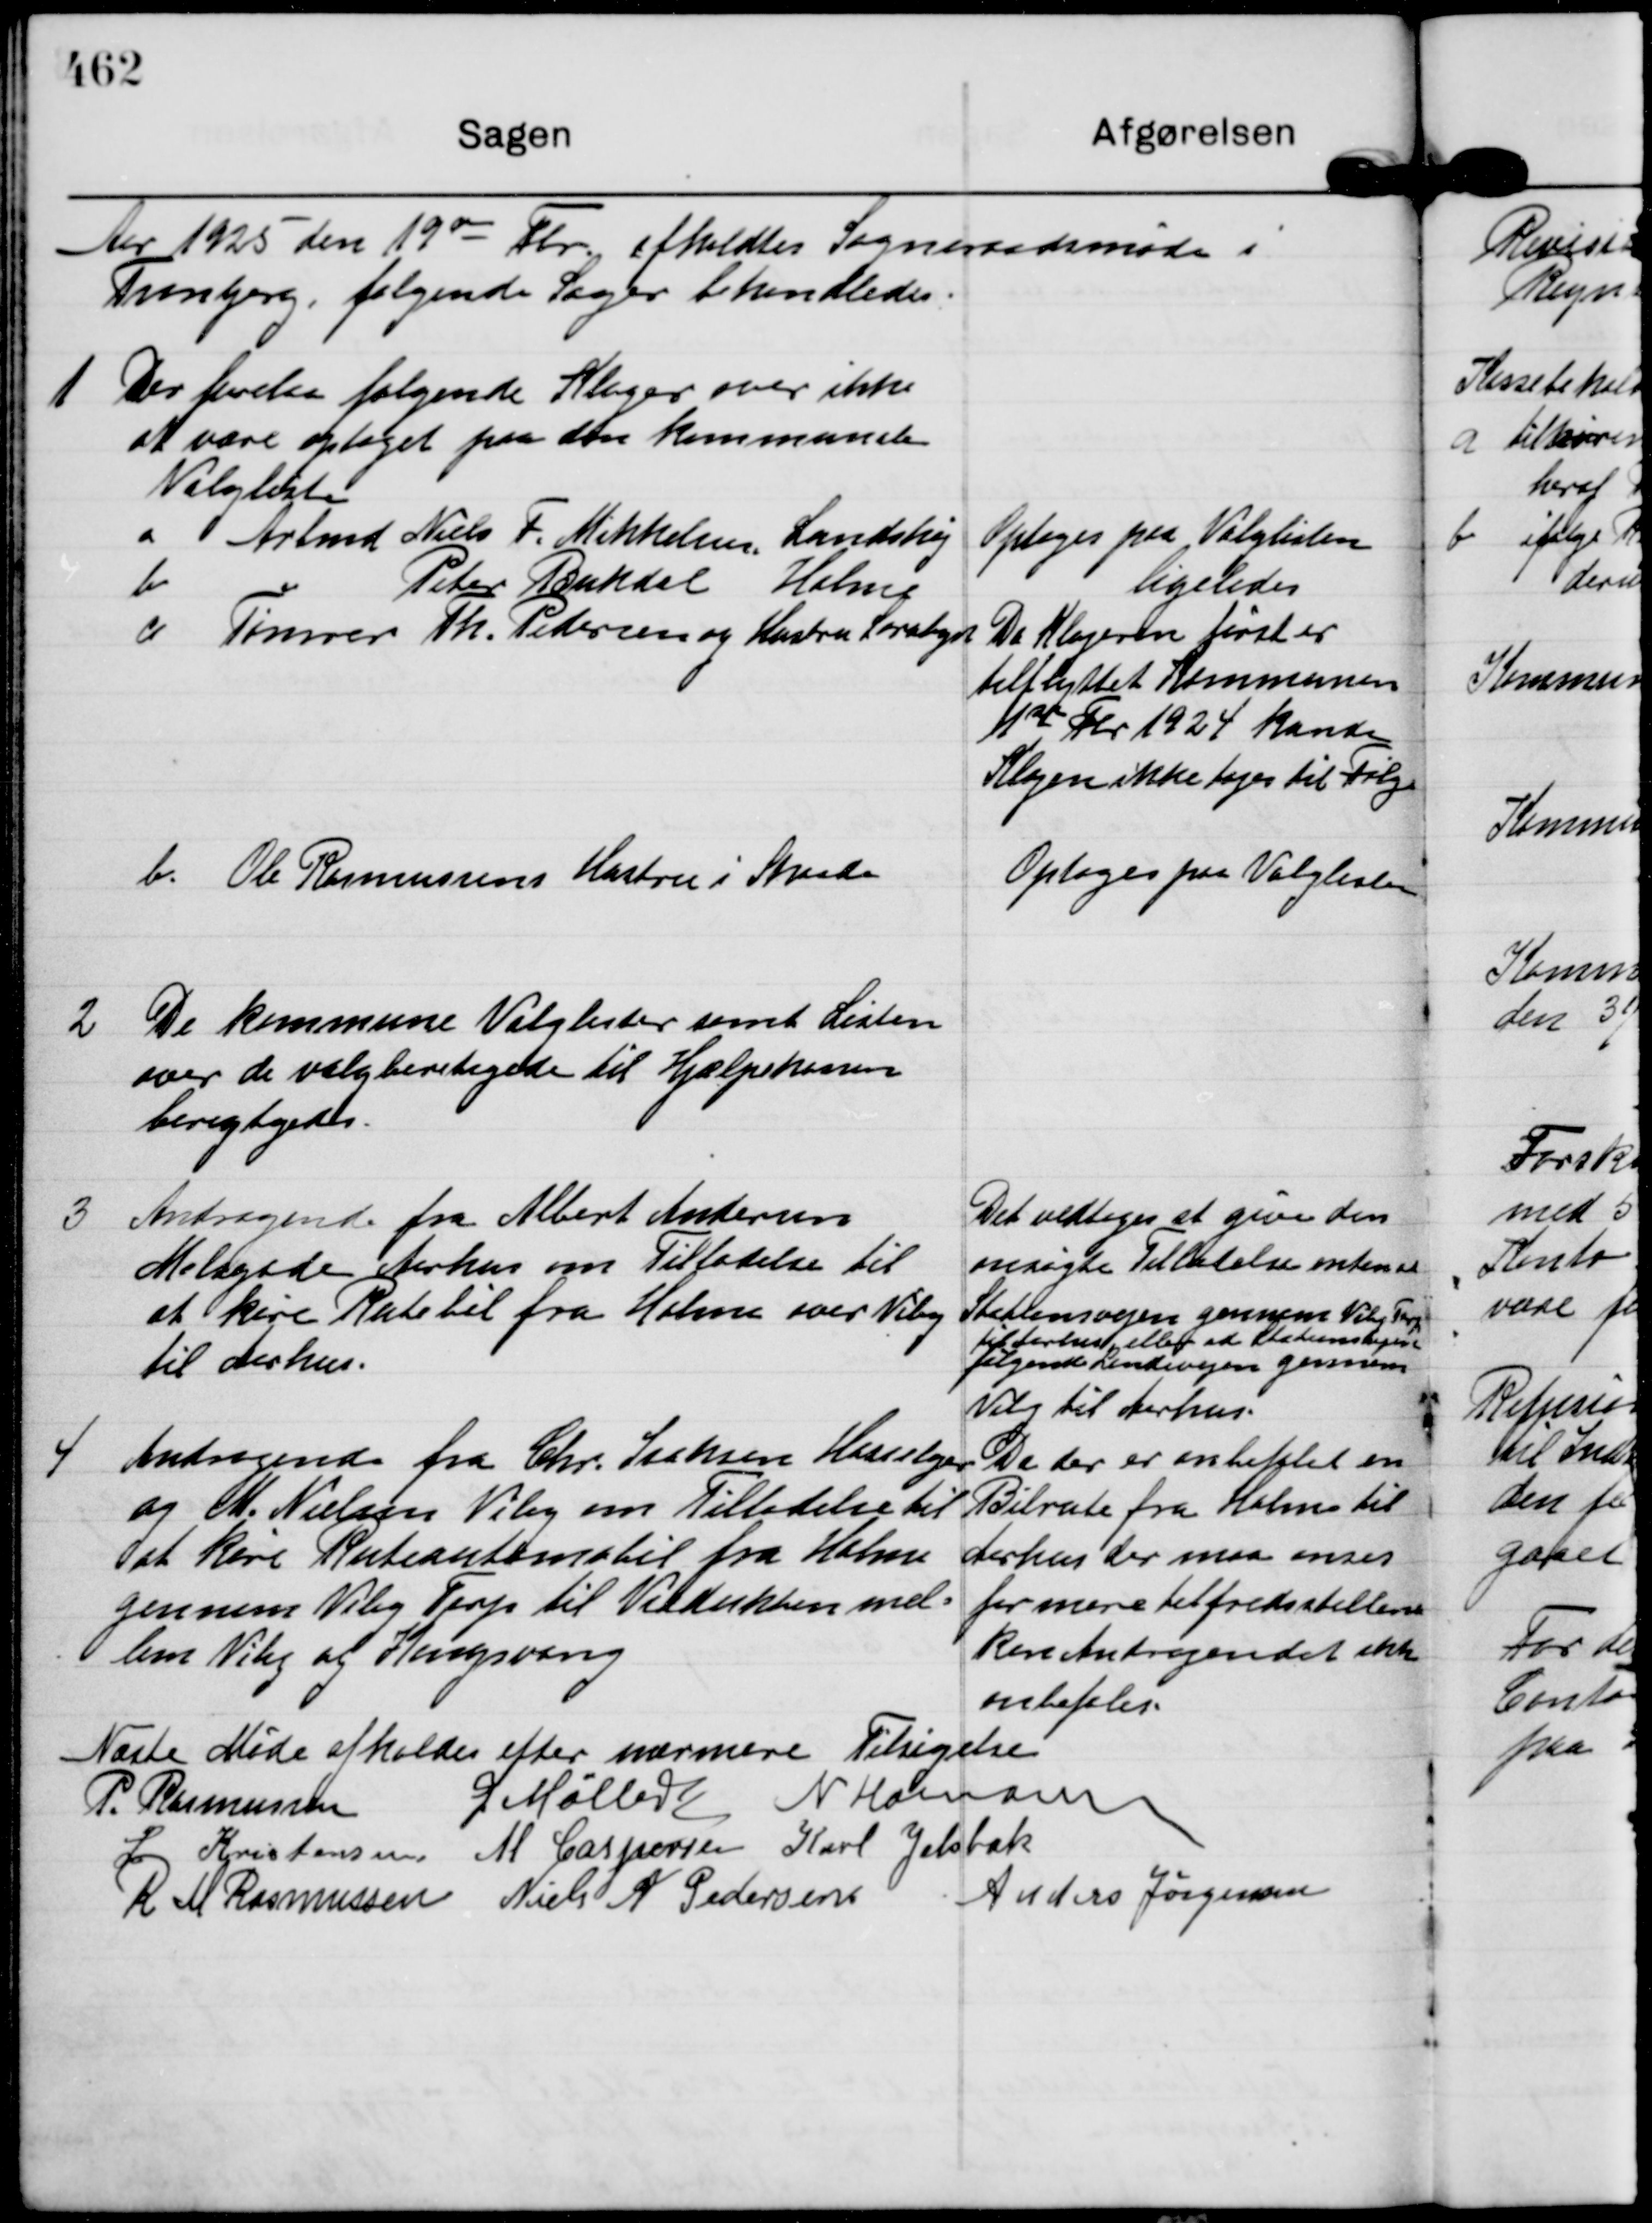
Transskription:
Aar 1925 den 19 
de
Fbr. afholdtes Sogneraadsmøde i 
Tranbjerg, følgende Sager behandledes.

1
Der forelaa følgende Klager over ikke
at være optaget paa den kommunale
Valgliste
a
Arbmd Niels F. Mikkelsen, Lundshøj
Optoges paa Valglisten
b
"
Peter Bukdal Holme
ligeledes
c
Tømrer Th. Pedersen og Hustru Saralyst
Da Klageren først er
tilflyttet Kommunen
1 ste Fbr 1924 kunde
Klagen ikke tages til Følge

b.
Ole Rasmussens Hustru i Skaade

Optoges paa Valglisten

2
De kommune Valglister samt Listen 
over de valgberetigede til Hjælpekassen
berigtigedes.

3
Andragende fra Albert Andersen
Molsgade Aarhus om Tilladelse til
at køre Rutebil fra Holme over Viby 
til Aarhus.

Det vedtoges at give den
ansøgte Tilladelse enten ad
Stationsvejen gennem Viby Terp
til Aarhus eller ad Stationsvejen
følgende Landevejen gennem
Viby til Aarhus.

4
Andragende fra Chr. Isaksen Hasselager
og M. Nielsen Viby om Tilladelse til
at køre Ruteautomobil fra Holme
gennem Viby Terp til Viadukten mel=
lem Viby og Kongsvang

Da der er anbefalet en
Bilrute fra Holme til
Aarhus der maa anses
for mere tilfredsstillene
kan Andragendet ikke
anbefales.

Næste Møde afholdes efter nærmere Tilsigelse
P. Rasmussen
G Møller
N Hamann
L Kristensen.
M Caspersen
Karl Jelsbak
R M Rasmussen
Niels A Pedersen.
Anders Jørgensen